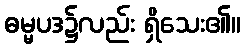
ဓမ္မပဒ၌လည်း ရှိသေး၏။